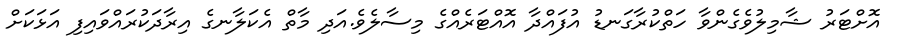
އޮށްޓަރު ޝާމިލުވެގެންވާ ހަތްކުރާގަނޑު އުފައްދާ އޮއްޓަރެއްގެ މިސާލެވެ.އަދި މާތް އެކަލާނގެ އިރާދަކުރައްވައިފި އަޅަކަށް